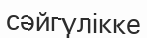
сәйгүлікке